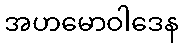
အဟမောဝါဒေန